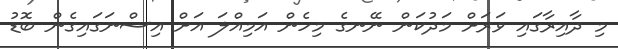
މި ދާއިރާގައި ވަރަށް މަދުކަން ނޭނގެ މިހެން އަމިއްލަ އަށް އިސްނަގައިގެން ބޮޑު